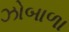
ઝોબાળા